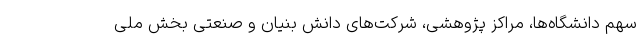
سهم دانشگاه‌ها، مراکز پژوهشی، شرکت‌های دانش بنیان و صنعتی بخش ملی